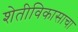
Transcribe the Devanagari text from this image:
शेतीविकासाचा